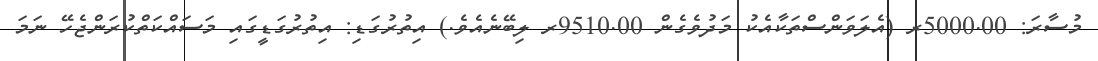
މުސާރަ: 5000.00ރ (އެލަވަންސްތަކާއެކު މަދުވެގެން 9510.00ރ ލިބޭނެއެވެ.) އިތުރުގަޑި: އިތުރުގަޑީގައި މަސައްކަތްކުރަންޖެހޭ ނަމަ